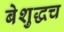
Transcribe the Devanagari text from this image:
बेशुद्धच